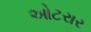
ઓટરાર